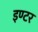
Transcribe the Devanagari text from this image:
इण्‍टर